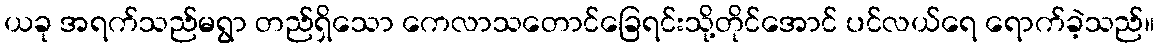
ယခု အရက်သည်မရွာ တည်ရှိသော ကေလာသတောင်ခြေရင်းသို့တိုင်အောင် ပင်လယ်ရေ ရောက်ခဲ့သည်။